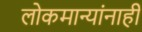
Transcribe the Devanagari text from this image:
लोकमान्‍यांनाही